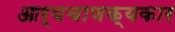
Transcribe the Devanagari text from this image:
आर्यचाणक्यकार